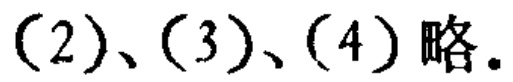
(2)、(3)、(4) 略。